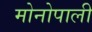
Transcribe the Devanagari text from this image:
मोनोपाली